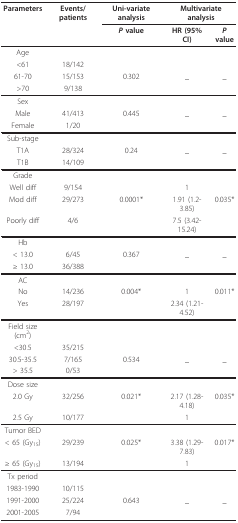
| Parameters | Events/patients | Uni-variate analysis | <COLSPAN=2> Multivariate analysis |
 |  |  | P value | HR (95% CI) | P value |
 | --- | --- | --- | --- | --- |
 | Age |  |  |  |  |
 | <61 | 18/142 |  |  |  |
 | 61-70 | 15/153 | 0.302 | _ | _ |
 | >70 | 9/138 |  |  |  |
 | Sex |  |  |  |  |
 | Male | 41/413 | 0.445 | _ | _ |
 | Female | 1/20 |  |  |  |
 | Sub-stage |  |  |  |  |
 | T1A | 28/324 | 0.24 | _ | _ |
 | T1B | 14/109 |  |  |  |
 | Grade |  |  |  |  |
 | Well diff | 9/154 |  | 1 |  |
 | Mod diff | 29/273 | 0.0001* | 1.91 (1.2-3.85) | 0.035* |
 | Poorly diff | 4/6 |  | 7.5 (3.42-15.24) |  |
 | Hb |  |  |  |  |
 | < 13.0 | 6/45 | 0.367 | _ | _ |
 | ≥ 13.0 | 36/388 |  |  |  |
 | AC |  |  |  |  |
 | No | 14/236 | 0.004* | 1 | 0.011* |
 | Yes | 28/197 |  | 2.34 (1.21-4.52) |  |
 | Field size (cm2) |  |  |  |  |
 | <30.5 | 35/215 |  |  |  |
 | 30.5-35.5 | 7/165 | 0.534 | _ | _ |
 | > 35.5 | 0/53 |  |  |  |
 | Dose size |  |  |  |  |
 | 2.0 Gy | 32/256 | 0.021* | 2.17 (1.28-4.18) | 0.035* |
 | 2.5 Gy | 10/177 |  | 1 |  |
 | Tumor BED |  |  |  |  |
 | < 65 (Gy15) | 29/239 | 0.025* | 3.38 (1.29-7.83) | 0.017* |
 | ≥ 65 (Gy15) | 13/194 |  | 1 |  |
 | Tx period |  |  |  |  |
 | 1983-1990 | 10/115 |  |  |  |
 | 1991-2000 | 25/224 | 0.643 | _ | _ |
 | 2001-2005 | 7/94 |  |  |  |